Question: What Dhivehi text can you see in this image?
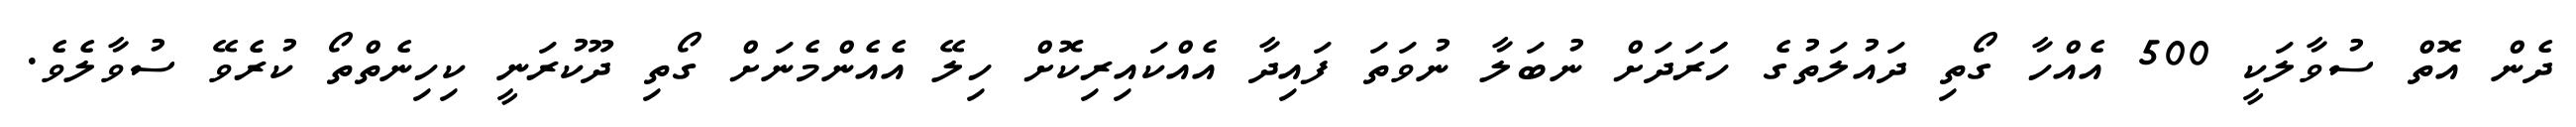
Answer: ދެން އޮތް ސުވާލަކީ 500 އެއްހާ ގޯތި ދައުލަތުގެ ހަަރަދަށް ނުބަލާ ނުވަތަ ފައިދާ އެއްކައިރިކޮށް ހިލޭ އެއެންމެނަށް ގޯތި ދޫކުރަނީ ކިހިނެތްތޯ ކުރެވޭ ސުވާލެވެ.